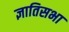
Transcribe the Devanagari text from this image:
ज्ञातिसभा